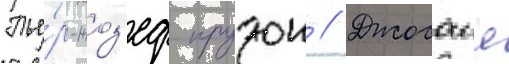
Пье́р-жоз'еф прудон // Джосаия